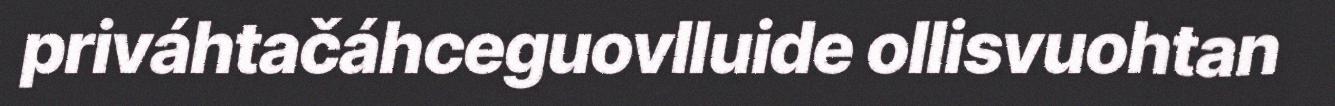
priváhtačáhceguovlluide ollisvuohtan